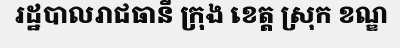
រដ្ឋបាលរាជធានី ក្រុង ខេត្ត ស្រុក ខណ្ឌ